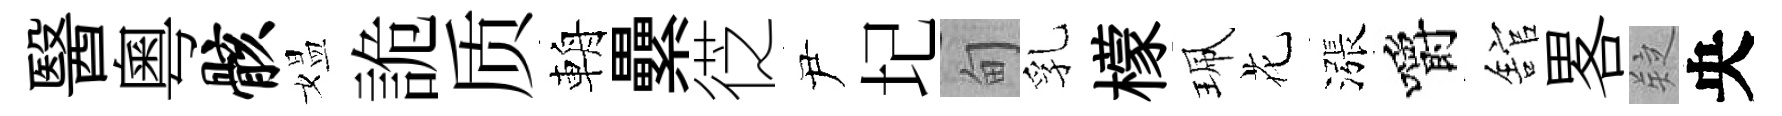
醫粵骸媪詭质輈纍徔尹圮甸乳檬珮花漲嚼舘畧疑央